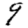
Digit: 9